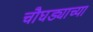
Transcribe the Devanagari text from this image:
चौघड्याच्या